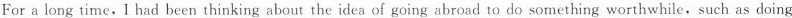
For a long time,I had been thinking about the idea of going abroad to do something worthwhile, such as doing